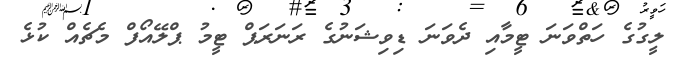
ލީގުގެ ހަތްވަނަ ޓީމާއި ދެވަނަ ޑިވިޝަނުގެ ރަނަރަޕް ޓީމު ޕްލޭއޯފް މެޗެއް ކުޅެ